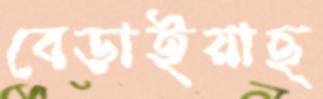
বেড়াইয়াছ